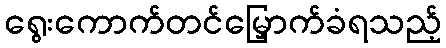
ရွေးကောက်တင်မြှောက်ခံရသည့်